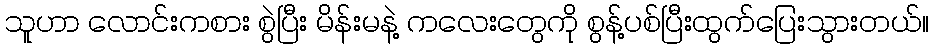
သူဟာ လောင်းကစား စွဲပြီး မိန်းမနဲ့ ကလေးတွေကို စွန့်ပစ်ပြီးထွက်ပြေးသွားတယ်။